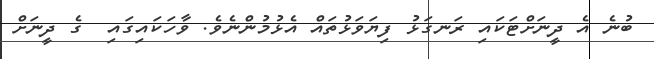
ބުނެ އެ ދީނަށްޓަކައި ރަނގަޅު ފިޔަވަޅުތައް އެޅުމުންނެވެ. ވާހަކައިގައި  ގެ ދީނަށް